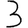
Digit: 3